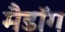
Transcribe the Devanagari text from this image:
मैडॉग